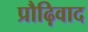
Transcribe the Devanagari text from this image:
प्रौढ़िवाद